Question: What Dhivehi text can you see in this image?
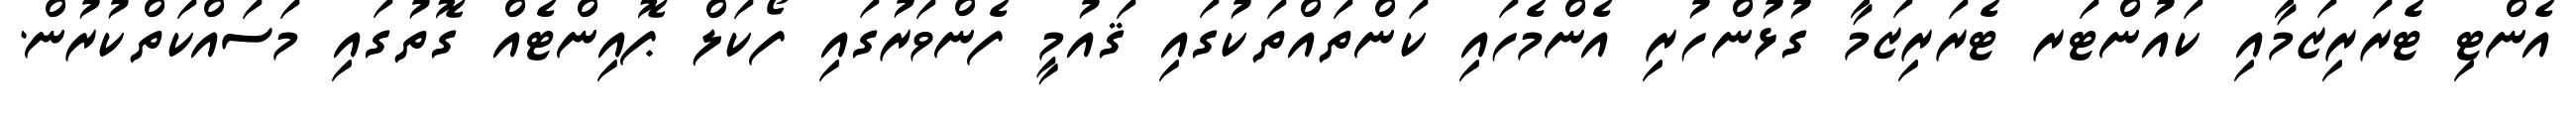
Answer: އެންޓި ޓެރަރިޒަމާއި ކައުންޓަރ ޓެރަރިޒަމާ ގުޅުންހުރި އެންމެހައި ކަންތައްތަކުގައި ޤައުމީ ފެންވަރުގައި ފޯކަލް ޕޮއިންޓެއް ގޮތުގައި މަސައްކަތްކުރުން.